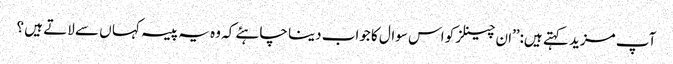
آپ مزید کہتے ہیں:’’ان چینلز کو اس سوال کا جواب دینا چاہئے کہ وہ یہ پیسہ کہا ں سے لاتے ہیں ؟